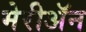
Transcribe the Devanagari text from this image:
मेरीॲन